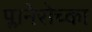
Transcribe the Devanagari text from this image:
प्लानेरोच्का